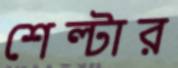
শেল্টার